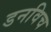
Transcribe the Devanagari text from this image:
डनविच